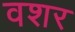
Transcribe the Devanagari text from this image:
वशर